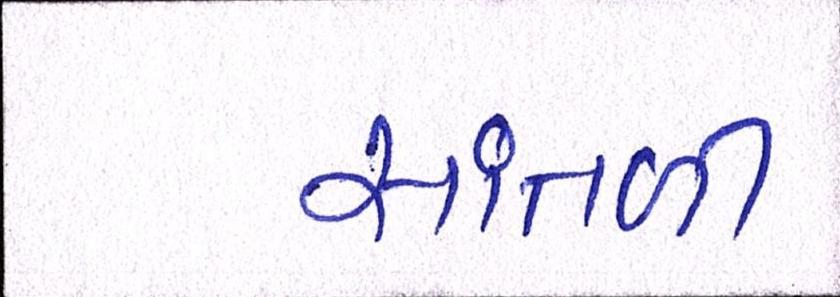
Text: સાંતળી